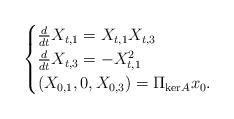
LaTeX: \begin{align*} \begin{cases}\frac{d}{dt}X_{t,1}= X_{t,1}X_{t,3} \\ \frac{d}{dt}X_{t,3} = -X_{t,1}^2 \\ (X_{0,1},0,X_{0,3}) = \Pi_{\mathrm{ker}A} x_0.\end{cases}\end{align*}